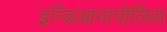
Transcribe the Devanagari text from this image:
इन्डिआनापोलिस